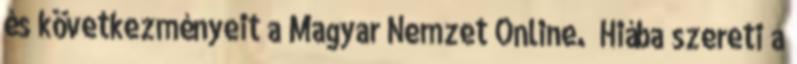
és következményeit a Magyar Nemzet Online. „Hiába szereti a